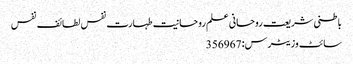
باطنی شریعت روحانی علم روحانیت طہارت نفس لطائف نفس
سائٹ وزیٹرس: 356967